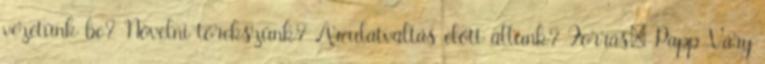
vezetünk be? Növelni törekszünk? Arculatváltás előtt állunk? Forrás: Papp-Váry